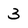
Character: 3